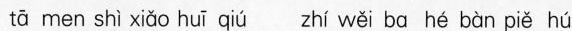
tā men shì xiǎo huī qiú zhí wěi ba hé bàn piě hú